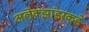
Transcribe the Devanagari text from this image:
अलेक्झांडरकडे